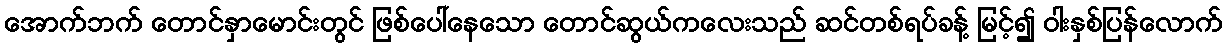
အောက်ဘက် တောင်နှာမောင်းတွင် ဖြစ်ပေါ်နေသော တောင်ဆွယ်ကလေးသည် ဆင်တစ်ရပ်ခန့် မြင့်၍ ဝါးနှစ်ပြန်လောက်